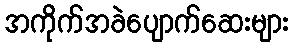
အကိုက်အခဲပျောက်ဆေးများ